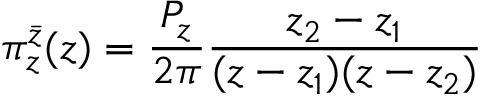
\pi _ { z } ^ { \bar { z } } ( z ) = \frac { P _ { z } } { 2 \pi } \frac { z _ { 2 } - z _ { 1 } } { ( z - z _ { 1 } ) ( z - z _ { 2 } ) }